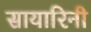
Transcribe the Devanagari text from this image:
सायारिनी